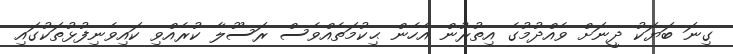
ގިނަ ބަޔަކު ދީނަށް ވެއްދުމުގެ އިތުރުން އެހެން ޙިކުމަތެއްވެސް ރަސޫލާ ކުރެއްވި ކައިވެނިފުޅުތަކުގައި